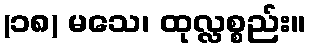
(၁၈) မသေ၊ ထုလ္လစ္စည်း။